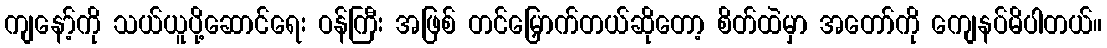
ကျနော့်ကို သယ်ယူပို့ဆောင်ရေး ဝန်ကြီး အဖြစ် တင်မြှောက်တယ်ဆိုတော့ စိတ်ထဲမှာ အတော်ကို ကျေနပ်မိပါတယ်။